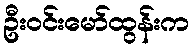
ဦးဝင်းမော်ထွန်းက